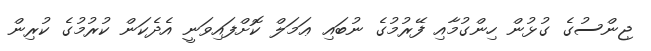
ޖިންސުގެ ގުޅުން ހިންގުމާއި ފޭރުމުގެ ނުބައި ޢަމަލް ކޮށްފައިވަނީ އެދެކަން ކުރުމުގެ ކުރިން